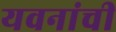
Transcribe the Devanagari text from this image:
यवनांची